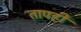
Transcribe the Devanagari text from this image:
तापही